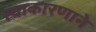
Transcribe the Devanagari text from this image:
त्याकारणाने